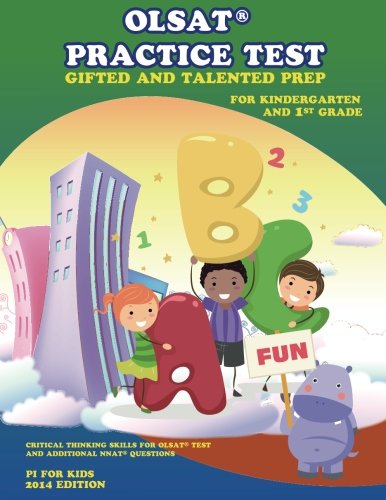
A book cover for OLSATÂ® PRACTICE TEST Gifted and Talented Prep  for Kindergarten and 1st Grade: Gifted and Talented Prep (Gifted and Talented Practice Test) (Volume 2); Pi For Kids; Education & Teaching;